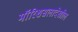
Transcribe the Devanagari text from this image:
मॉरिशसलादेखील